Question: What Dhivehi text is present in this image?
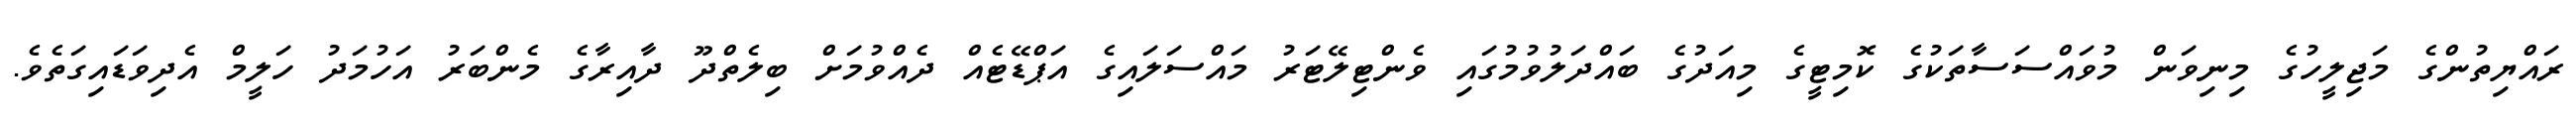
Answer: ރައްޔިތުންގެ މަޖިލީހުގެ މިނިވަން މުވައްސަސާތަކުގެ ކޮމިޓީގެ މިއަދުގެ ބައްދަލުވުމުގައި ވެންޓިލޭޓަރު މައްސަލައިގެ އަޕްޑޭޓެއް ދެއްވުމަށް ބިލެތްދޫ ދާއިރާގެ މެންބަރު އަހުމަދު ހަލީމް އެދިވަޑައިގަތެވެ.